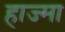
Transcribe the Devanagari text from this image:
हाज्मा